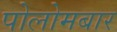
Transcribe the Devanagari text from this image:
पोलोमबार